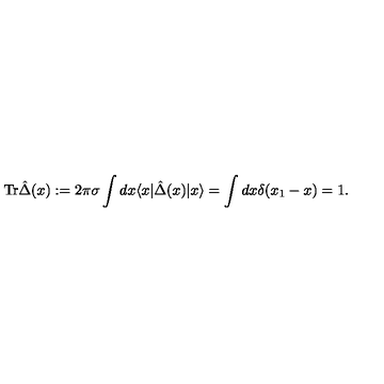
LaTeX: \mathrm { T r } \hat { \Delta } ( x ) : = 2 \pi \sigma \int d x \langle x | \hat { \Delta } ( x ) | x \rangle = \int d x \delta ( x _ { 1 } - x ) = 1 .